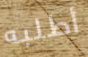
أطلبه